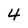
Character: 4